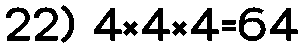
22) 4×4×4=64